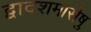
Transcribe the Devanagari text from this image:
द्वादशमासेषु